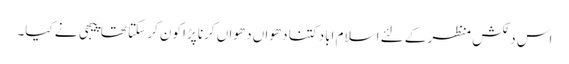
اس دلکش منظر کے لئے اسلام اباد کتنا دھواں دھواں کرنا پڑا کون کر سکتا تھا پیجی نے کیا۔